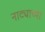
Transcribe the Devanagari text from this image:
नाट्याच्या